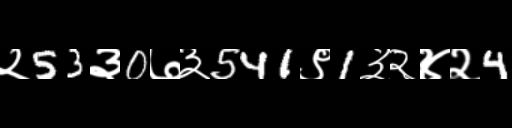
Text: २53३0७३541९1३२४२4